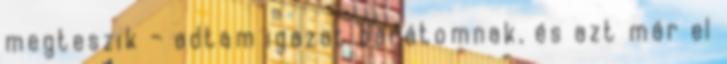
megteszik – adtam igazat barátomnak, és azt már el